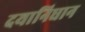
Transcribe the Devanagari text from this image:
दयानिधान